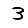
Digit: 3